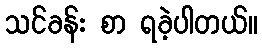
သင်ခန်း စာ ရခဲ့ပါတယ်။